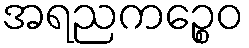
အရညကဉ္စေဝ